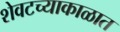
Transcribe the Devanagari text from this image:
शेवटच्याकाळात